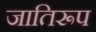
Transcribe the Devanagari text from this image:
जातिरूप